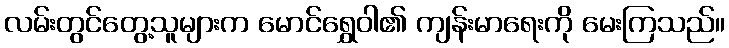
လမ်းတွင်တွေ့သူများက မောင်ရွှေဝါ၏ ကျန်းမာရေးကို မေးကြသည်။